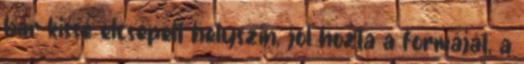
bár kissé elcsépelt helyszín, jól hozta a formáját, a